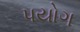
પયોગ